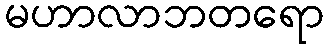
မဟာလာဘတရော